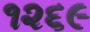
૧૨૬૯